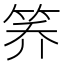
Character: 𰩸